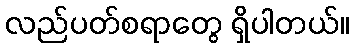
လည်ပတ်စရာတွေ ရှိပါတယ်။